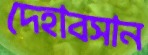
দেহাবসান